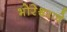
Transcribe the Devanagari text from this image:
भोरेश्र्वराचे